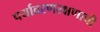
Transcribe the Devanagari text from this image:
पर्यावरणरक्षणाची